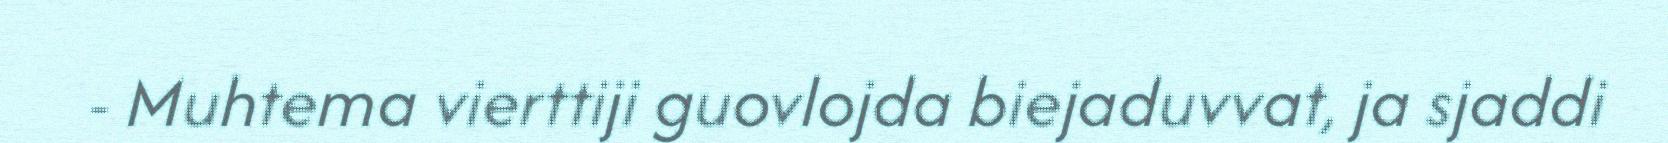
- Muhtema vierttiji guovlojda biejaduvvat, ja sjaddi